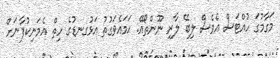
މަގާމުގަ ހުއްޓަސް އެވެސް ލިބޭ ލާރި ނޫންތޯއޭ. ޙަމައެވަގުތު އަޅުގނޑުގެ ހިތް އެމަނިކުފާނަށް